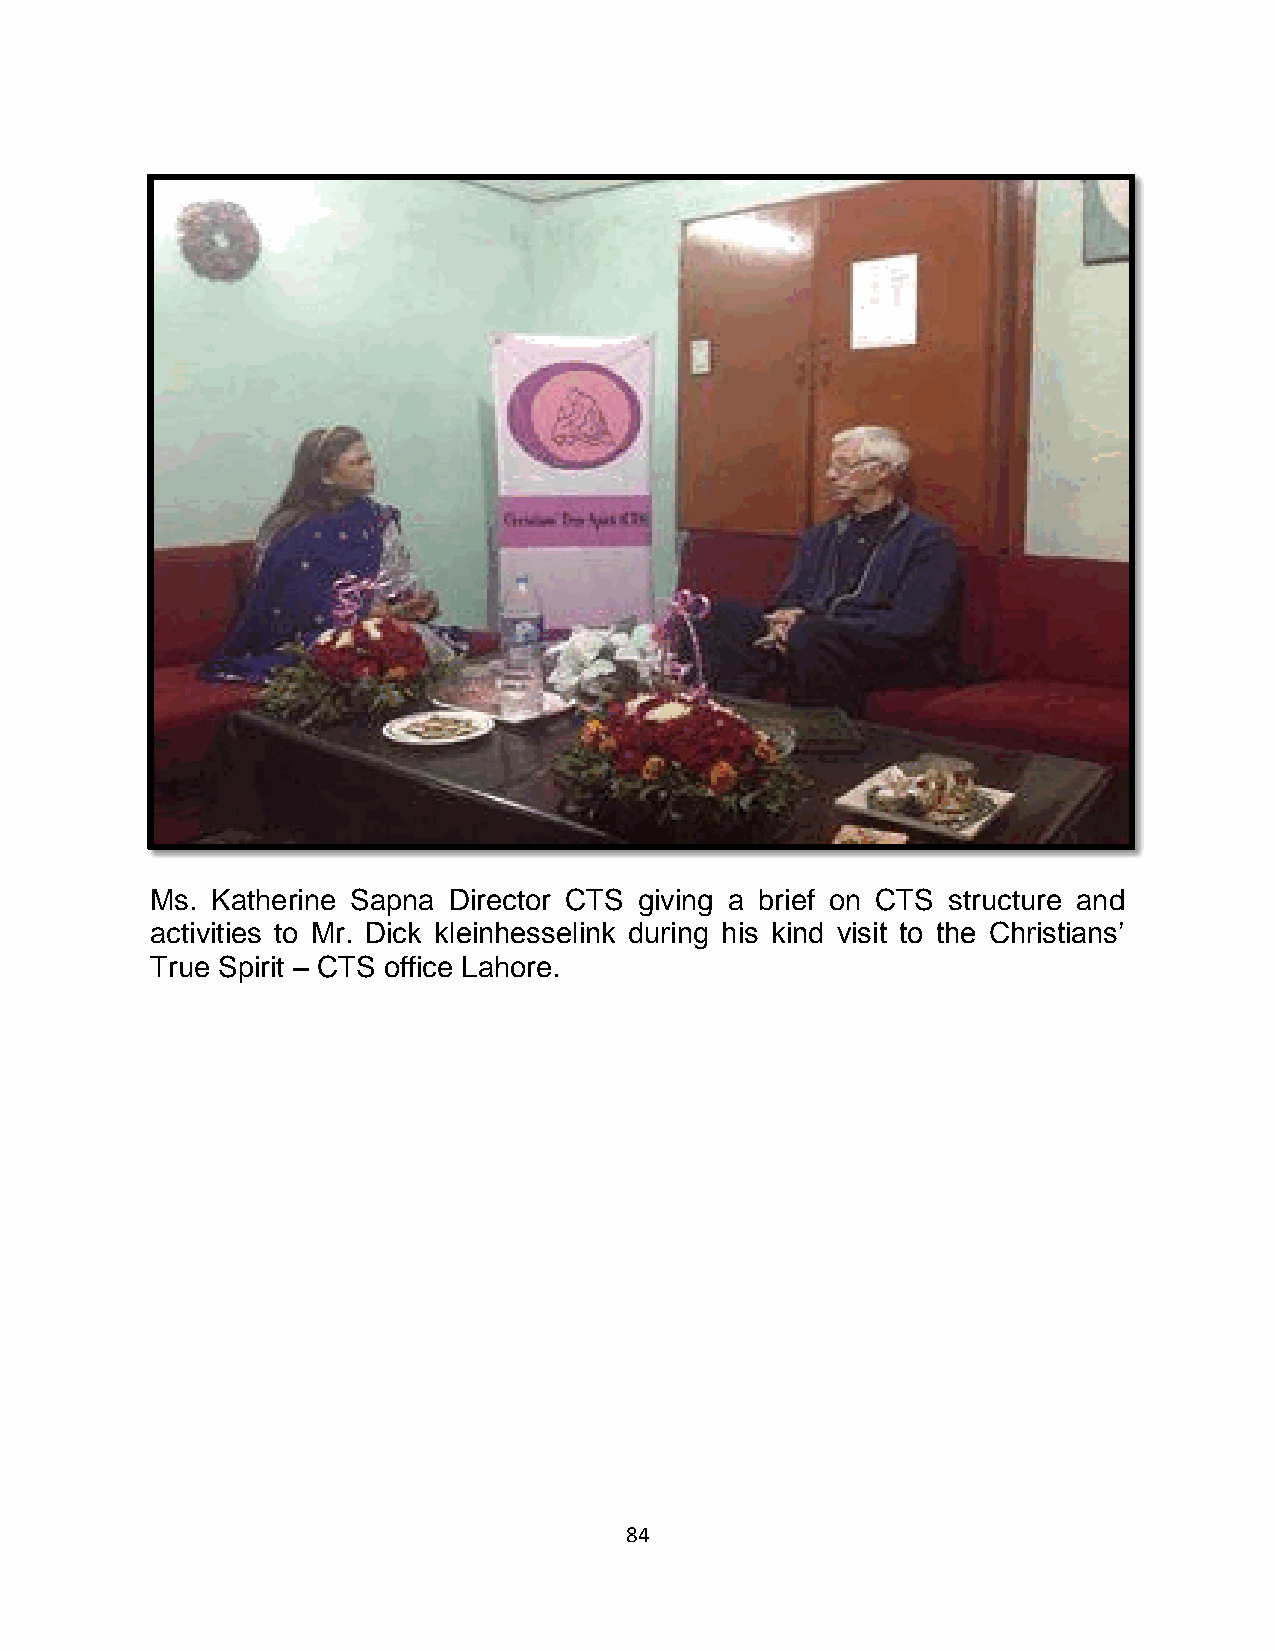
Ms. Katherine Sapna Director CTS giving a brief on CTS structure and
 activities to Mr. Dick kleinhesselink during his kind visit to the Christians’
 True Spirit – CTS office Lahore.
 84